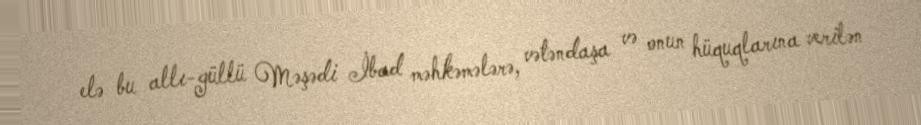
elə bu allı-güllü Məşədi İbad məhkəmələrə, vətəndaşa və onun hüquqlarına verilən